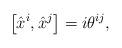
LaTeX: \begin{align*}\left[ \hat{x}^i , \hat{x}^j\right] = i\theta^{ij},\end{align*}